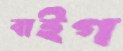
বাইগ